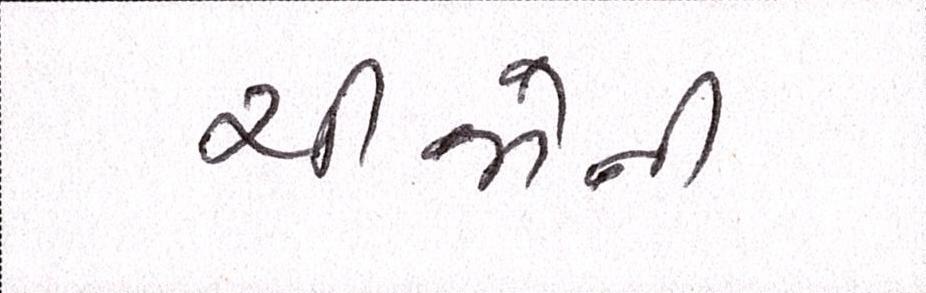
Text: ચીજોની